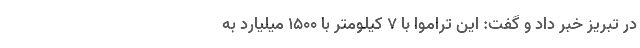
در تبریز خبر داد و گفت: این تراموا با ۷ کیلومتر با ۱۵۰۰ میلیارد به